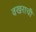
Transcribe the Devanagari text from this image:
वखराची